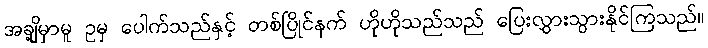
အချို့မှာမူ ဥမှ ပေါက်သည်နှင့် တစ်ပြိုင်နက် ဟိုဟိုသည်သည် ပြေးလွှားသွားနိုင်ကြသည်။